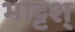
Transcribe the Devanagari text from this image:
भाट्टश्